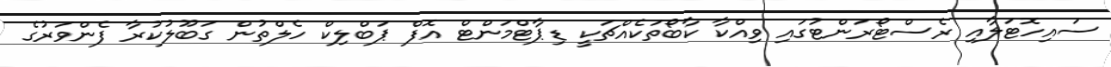
ސައިހޮޓަލާއި ރެސްޓޯރަންޓުގައި ވިއްކާ ކާބޯތަކެއްޗަކީ ޑިޕާޓްމަންޓް އޮފް ޕަބްލިކް ހެލްތުން ގަބޫލުކުރާ ފެންވަރުގެ